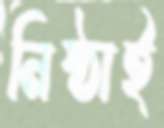
নিষ্ঠাই